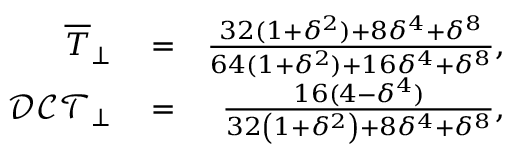
\begin{array} { r l r } { \overline { { T } } _ { \perp } } & { { } = } & { \frac { 3 2 ( 1 + \delta ^ { 2 } ) + 8 \delta ^ { 4 } + \delta ^ { 8 } } { 6 4 ( 1 + \delta ^ { 2 } ) + 1 6 \delta ^ { 4 } + \delta ^ { 8 } } , } \\ { \mathcal { D C T } _ { \perp } } & { { } = } & { \frac { 1 6 ( 4 - \delta ^ { 4 } ) } { 3 2 \left( 1 + \delta ^ { 2 } \right) + 8 \delta ^ { 4 } + \delta ^ { 8 } } , } \end{array}